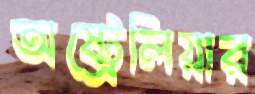
অষ্ট্রেলিয়ার